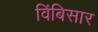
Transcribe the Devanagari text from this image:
विंबिसार